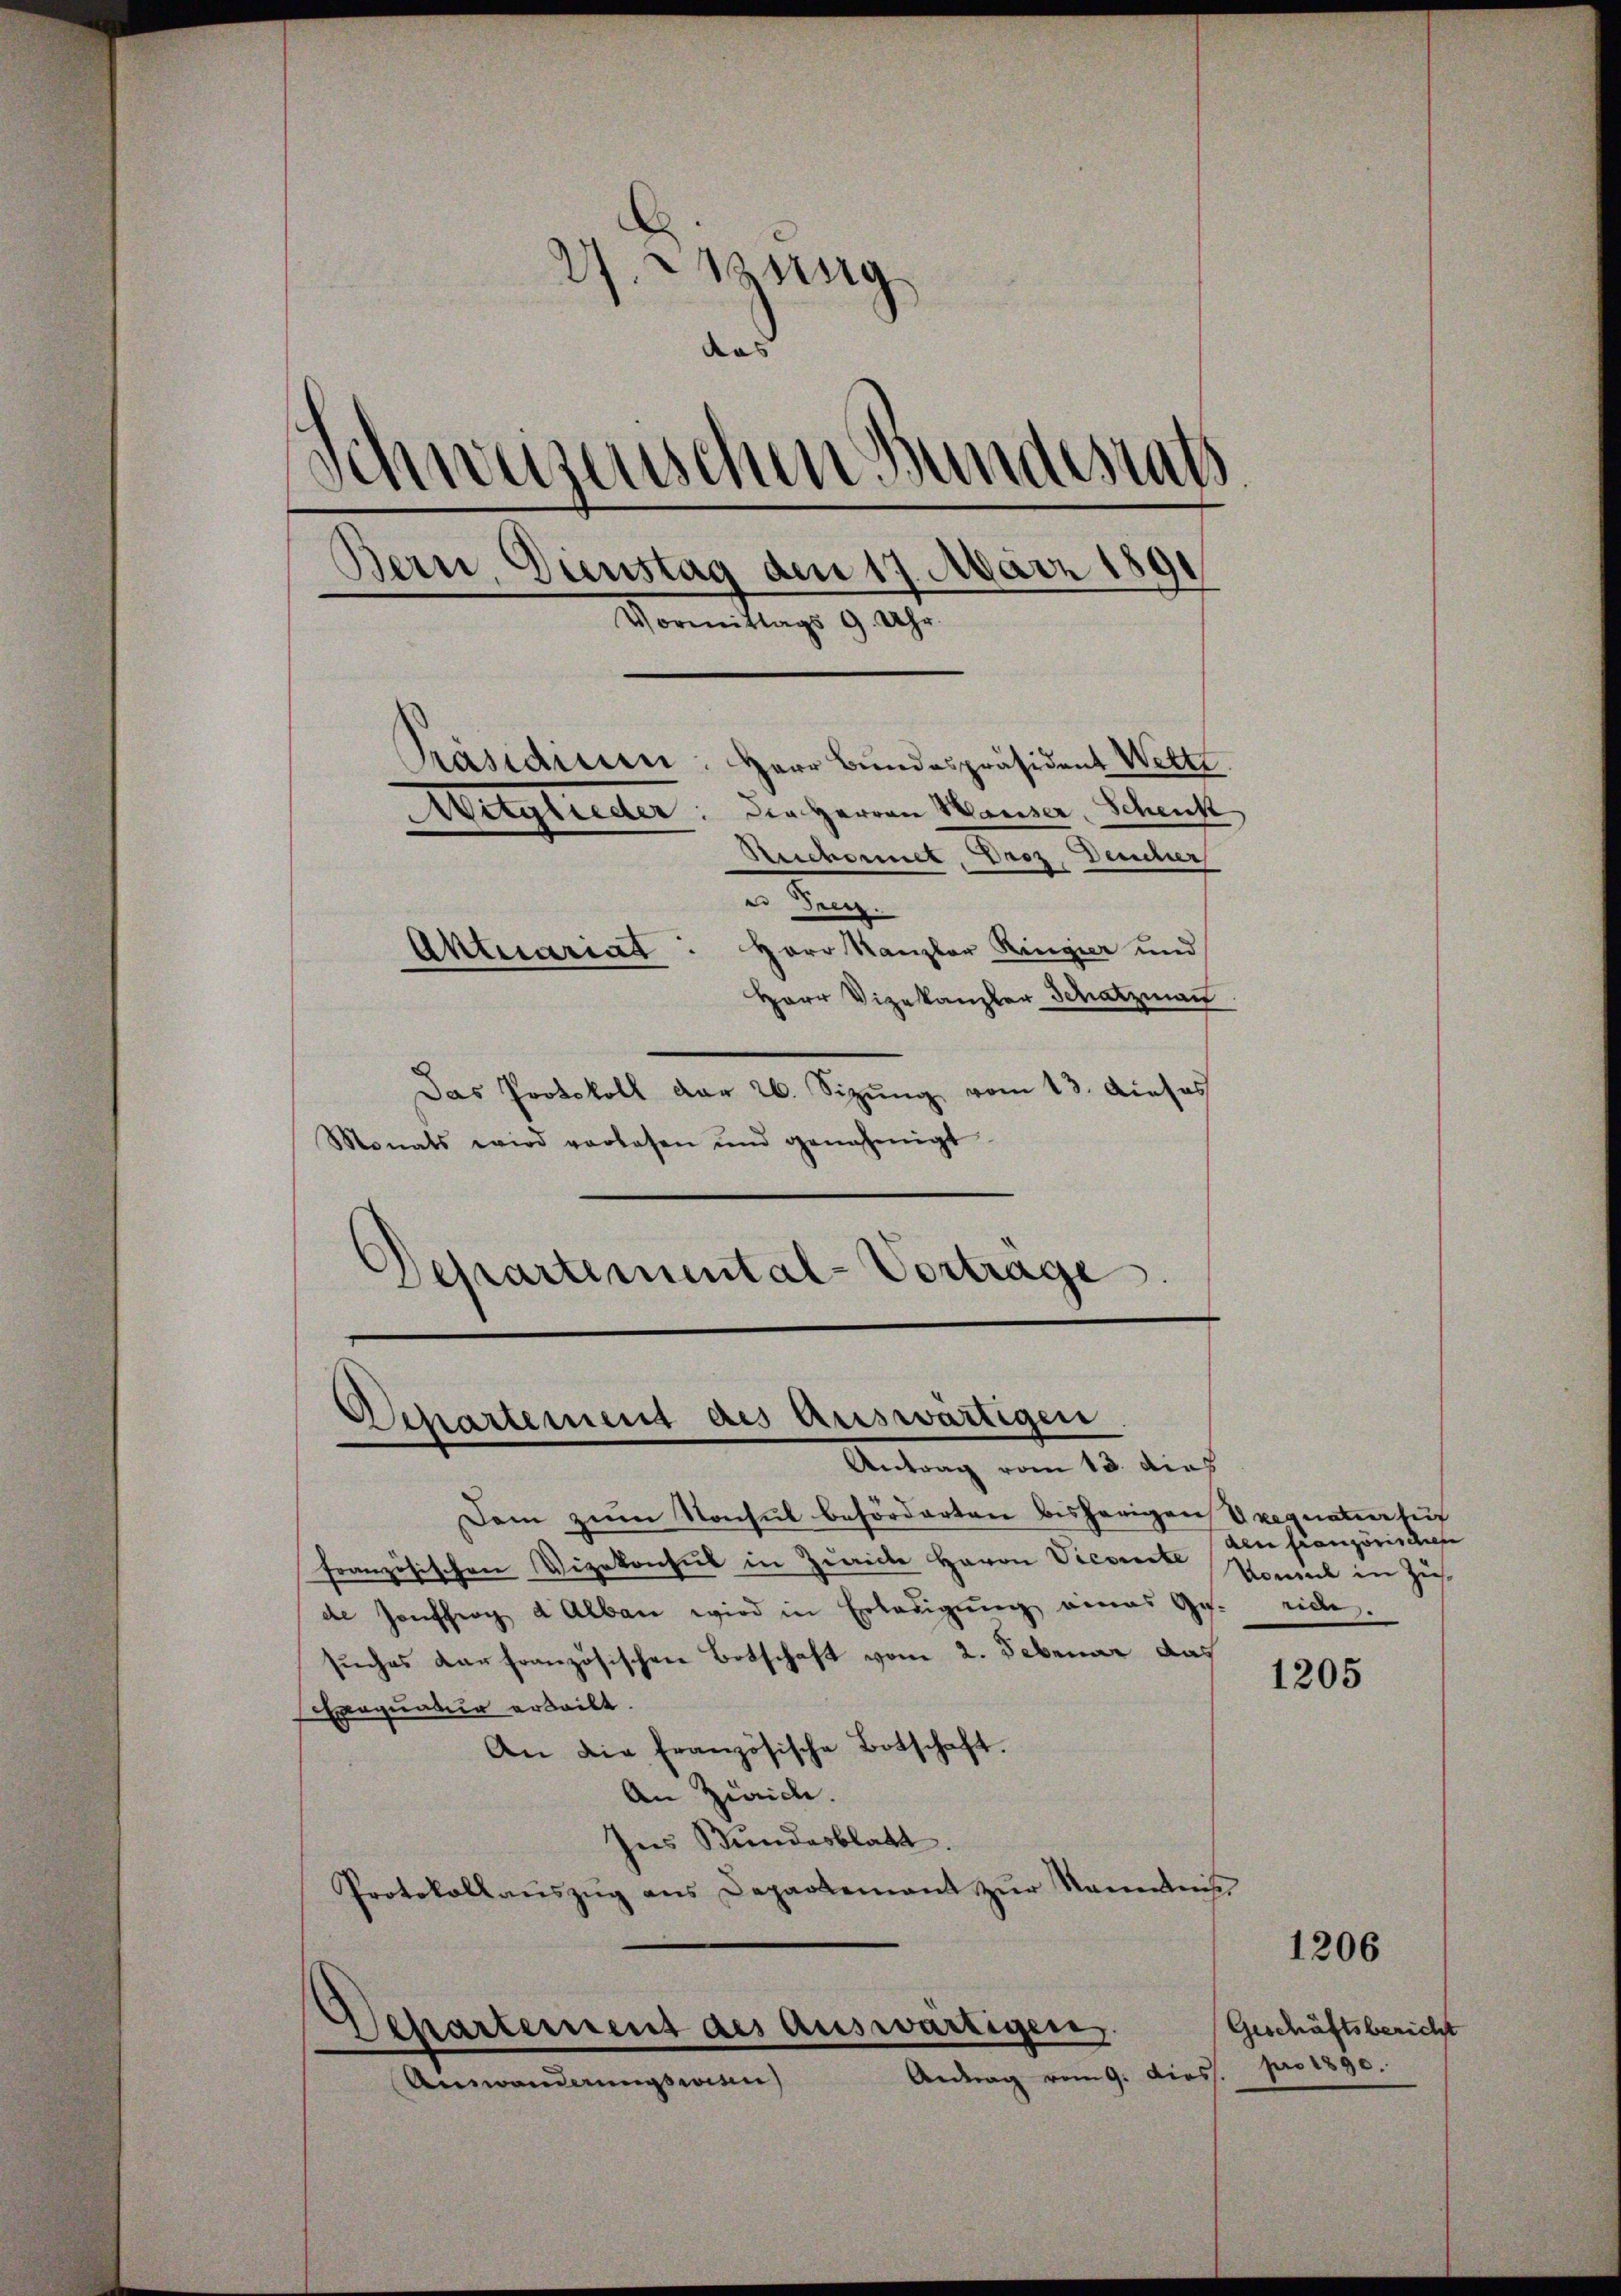
d
Mrsing
and
Schwazenischen Bundesrath
Bern. Dienstag den 17. März
Vormittags 9 Uhr.
.
räsidium. Herr Bundespräsident Wettl
Mitglieder: der Herren Hauser, Schenk
Ruchornet, Droz. Deucher
e Tren
Herr Kanzler Ringier und
Aktuariat
Herr Vizekanzler Schatzmann

Das Protokoll dar 26. Sizung vom 13. Dieses
Monats wird vorlesen und genehmigt.
Departemental-Vorträge.

Departement des Auswärtigen
Antrag vom 13. dich

Departement des auswärtigen.
Antrag vom 9. diess.
Ainwandermassen)

Dem zum Konsul beförderten bisherigen Exequatier suc
Französischen Vizekonsul in Zürich Herrn Vicere Vomal in Zusde Hofferg u Alban wird in Erledigŭng eines Ges. eide.
suches der französischen Botschaft vom 2. Februar das
Exequatur arteilt.
An die französische Botschaft.
An Zürich.
Ins Bundesblatt.
Protokollaŭszŭg ans Departement zŭr Namenleihe

den französischen

1205

1206

Geschäftsbericht
pro 1890.